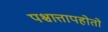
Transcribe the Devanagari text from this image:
पश्चात्तापहोतो